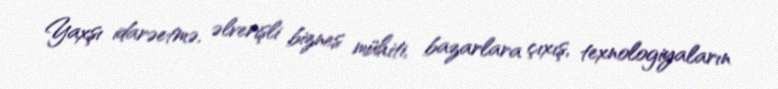
Yaxşı idarəetmə, əlverişli biznes mühiti, bazarlara çıxış, texnologiyaların